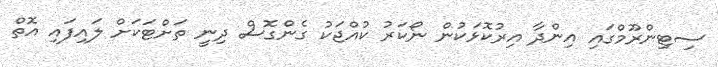
ސިޓިންރޫމްގައި އިންދާ އިރުކޮޅަކުން ނޯކަރު ކުއްޖަކު ގެންގޮސް ދިނީ ތަށްޓަކަށް ލައިފައި އޮތް